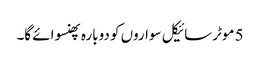
5 موٹرسائیکل سواروں کو دوبارہ پھنسوائے گا۔